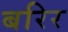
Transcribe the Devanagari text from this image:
बरिर